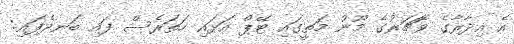
އެ އިދާރާގެ ވޮޗަރުގެ މޫނު މަތީގައި ޓޭޕް އަޅައި ހަތަރެސް ފައި ބަނދެފައި: